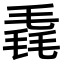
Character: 毳